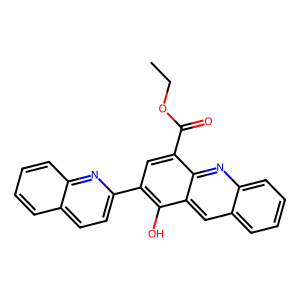
SMILES: CCOC(=O)c1cc(-c2ccc3ccccc3n2)c(O)c2cc3ccccc3nc12
Inhibits HIV replication: No